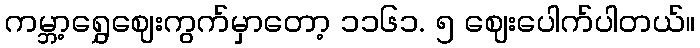
ကမ္ဘာ့ရွှေဈေးကွက်မှာတော့ ၁၁၆၁. ၅ ဈေးပေါက်ပါတယ်။